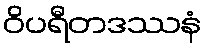
ဝိပရီတဒဿနံ